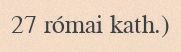
27 római kath.)